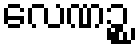
လေဏဉ္စ